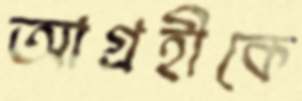
আগ্রহীকে